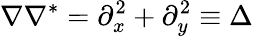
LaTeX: \nabla\nabla^{*}=\partial_{x}^{2}+\partial_{y}^{2}\equiv\Delta